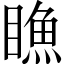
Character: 䁩